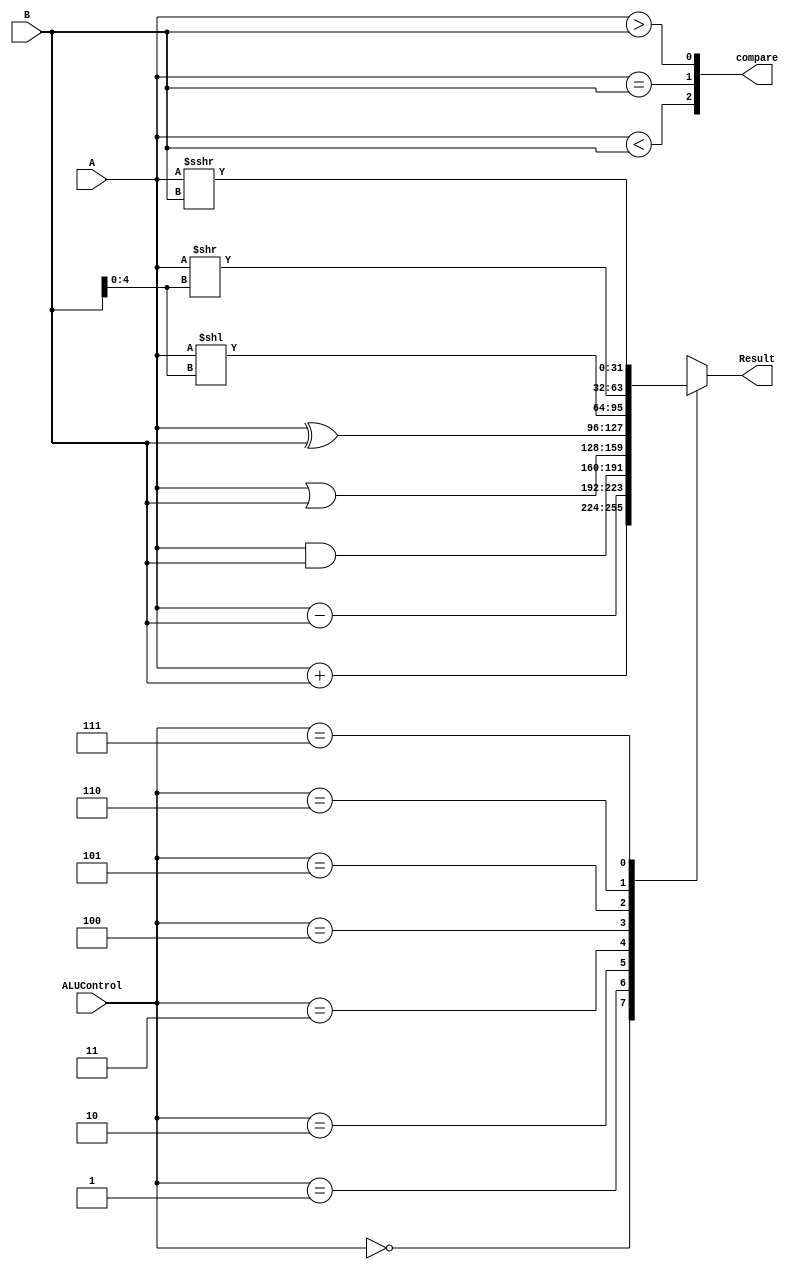
module ALU2(input wire [31:0] A, input wire [31:0] B, input wire [2:0] ALUControl, output reg [31:0] Result, output wire [2:0] compare);
	always@(*) begin
		case(ALUControl)
			3'b000: Result = A + B;
			3'b001: Result = A - B;
			3'b010: Result = A & B;
			3'b011: Result = A | B;
			3'b100: Result = A ^ B;
			3'b101: Result = A << B[4:0];
			3'b110: Result = A >> B[4:0];
			3'b111: Result = A >>> B;
			default: Result = 32'd0;
		endcase
	end
	
	assign compare = {A < B, A == B, A > B};
	
	initial Result = 32'd0;
endmodule